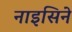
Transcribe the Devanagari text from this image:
नाइसिने